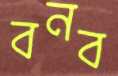
বনব